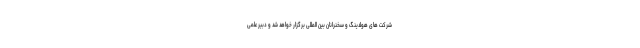
شرکت های هولدینگ و سخنرانان بین المللی برگزار خواهد شد و دبیر علمی